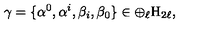
\gamma = \{ \alpha ^ { 0 } , \alpha ^ { i } , \beta _ { i } , \beta _ { 0 } \} \in \oplus _ { \ell } \mathrm { H } _ { 2 \ell } ,